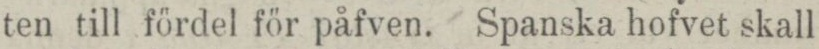
ten till fördel för påfven. Spanska hofvet skall